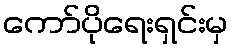
ကော်ပိုရေးရှင်းမှ